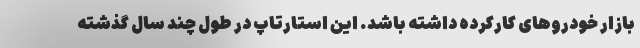
بازار خودروهای کارکرده داشته باشد. این استارتاپ در طول چند سال گذشته